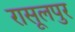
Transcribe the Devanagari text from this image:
रासूलपुर